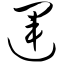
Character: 运